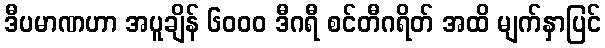
ဒီပမာဏဟာ အပူချိန် ၆၀၀၀ ဒီဂရီ စင်တီဂရိတ် အထိ မျက်နှာပြင်